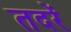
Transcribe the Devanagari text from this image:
तदरें